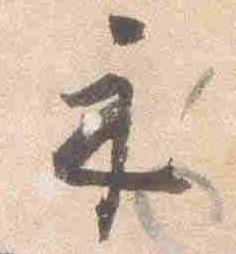
示